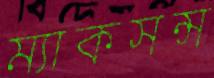
ম্যাকসন্স